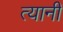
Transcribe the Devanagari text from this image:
त्‍यानी